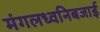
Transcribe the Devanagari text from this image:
मंगलध्वनिबजाई